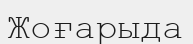
Жоғарыда